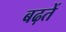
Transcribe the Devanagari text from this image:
बढ़तें